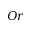
O r